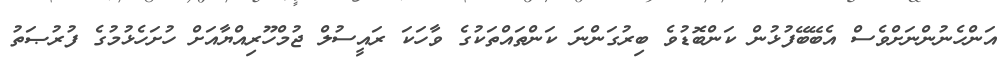
އަންހެނުންނަށްވެސް އެބޭބޭފުޅުން ކަންބޮޑުވެ ބިރުގަންނަ ކަންތައްތަކުގެ ވާހަކަ ރައީސުލް ޖުމްހޫރިއްޔާއަށް ހުށަހެޅުމުގެ ފުރުޞަތު